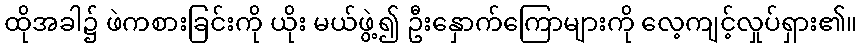
ထိုအခါ၌ ဖဲကစားခြင်းကို ယိုး မယ်ဖွဲ့၍ ဦးနှောက်ကြောများကို လေ့ကျင့်လှုပ်ရှား၏။